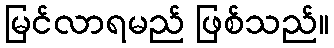
မြင်လာရမည် ဖြစ်သည်။